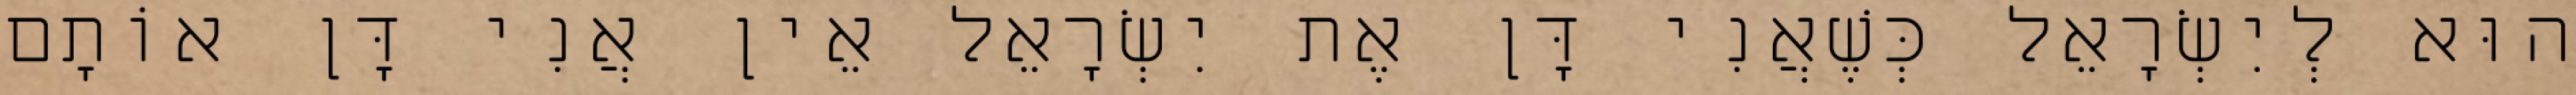
הוּא לְיִשְׂרָאֵל כְּשֶׁאֲנִי דָּן אֶת יִשְׂרָאֵל אֵין אֲנִי דָּן אוֹתָם